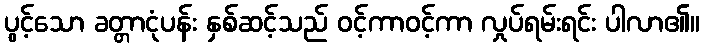
ပွင့်သော ခတ္တာငုံပန်း နှစ်ဆင့်သည် ဝင့်ကာဝင့်ကာ လှုပ်ရမ်းရင်း ပါလာ၏။